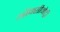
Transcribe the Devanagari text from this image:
ऑक्सीमेट्री